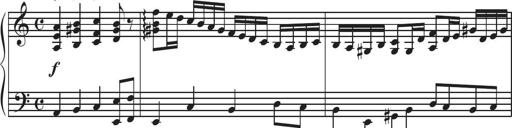
Title: Sonatina Espania
Composer: Jerald Franklin Archer
Key: Various